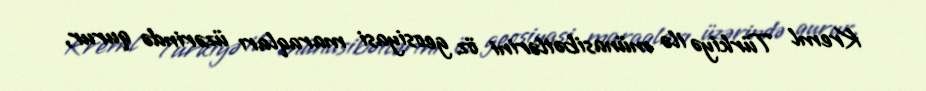
Kreml Türkiyə ilə münasibətlərini öz geosiyasi maraqları üzərində qurur,